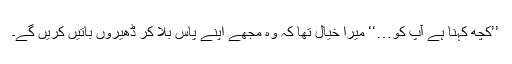
’’کچھ کہنا ہے آپ کو…‘‘ میرا خیال تھا کہ وہ مجھے اپنے پاس بلا کر ڈھیروں باتیں کریں گے۔